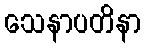
သေနာပတိနာ